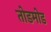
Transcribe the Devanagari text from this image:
तोडमोड